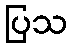
ပြသ